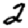
Digit: 2